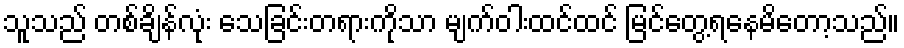
သူသည် တစ်ချိန်လုံး သေခြင်းတရားကိုသာ မျက်ဝါးထင်ထင် မြင်တွေ့ရနေမိတော့သည်။